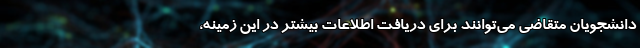
دانشجویان متقاضی می‌توانند برای دریافت اطلاعات بیشتر در این زمینه،